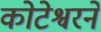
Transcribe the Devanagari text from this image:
कोटेश्वरने